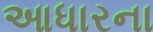
આધારના